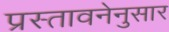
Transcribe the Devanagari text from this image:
प्रस्तावनेनुसार